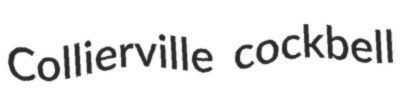
Collierville cockbell